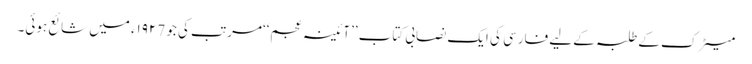
میٹرک کے طلبہ کے لیے فارسی کی ایک نصابی کتاب ’’آئینہ عجم‘‘مرتب کی جو ١٩٢7ء میں شائع ہوئی۔